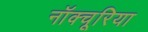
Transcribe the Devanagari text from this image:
नॉक्चूरिया